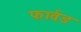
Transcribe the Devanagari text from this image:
फार्वड